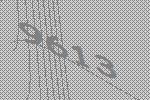
9613